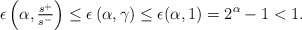
\begin{align*} \epsilon\left(\alpha,\tfrac{s^+}{s^-}\right)\le \epsilon\left(\alpha,\gamma \right)\le \epsilon(\alpha,1)= 2^\alpha-1<1.\end{align*}